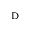
_ \mathrm { D }